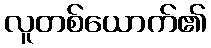
လူတစ်ယောက်၏